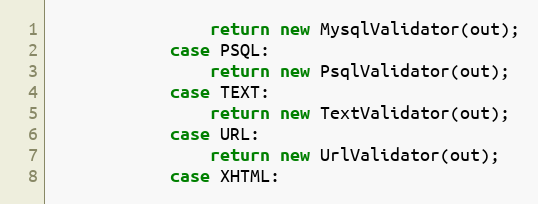
Language: Java
				return new MysqlValidator(out);
			case PSQL:
				return new PsqlValidator(out);
			case TEXT:
				return new TextValidator(out);
			case URL:
				return new UrlValidator(out);
			case XHTML: